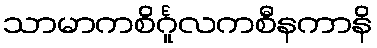
သာမာကစိင်္ဂူလကစီနကာနိ